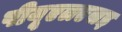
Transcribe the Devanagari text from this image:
पीयूएलएसइ